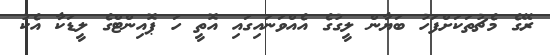
ރޭގެ މެޗުތަކަށްފަހު ބަޔާން ލީގުގެ އެއްވަނައިގައި އޮތީ ހަ ޕޮއިންޓްގެ ލީޑަކާ އެކު